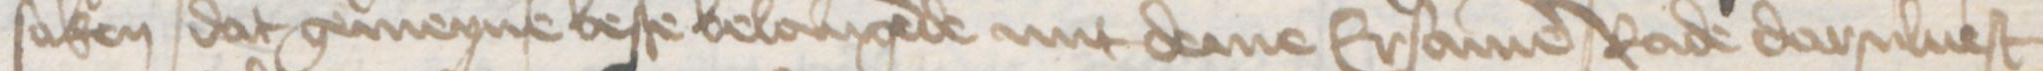
Transcription: saken dat gemeyne beste belangende mit deme Ersamen rade darsuluest